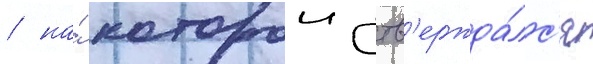
/ на́ которои утв'ержда́лс'я